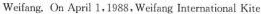
Weifang. On April 1,1983, Weifang International Kite